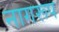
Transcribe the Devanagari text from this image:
नागरूप